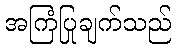
အကြံပြုချက်သည်